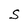
Character: S